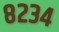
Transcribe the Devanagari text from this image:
८२३४